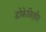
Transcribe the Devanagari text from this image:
डोकेविरहीत